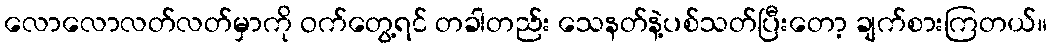
လောလောလတ်လတ်မှာကို ဝက်တွေ့ရင် တခါတည်း သေနတ်နဲ့ပစ်သတ်ပြီးတော့ ချက်စားကြတယ်။